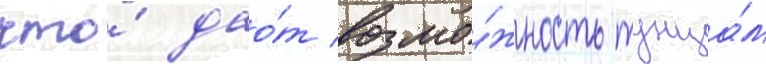
что́ дао́т возмо́жность тунца́м